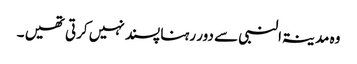
وہ مدینۃالنبی سے دور رہنا پسند نہیں کرتی تھیں ۔